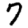
Digit: 7